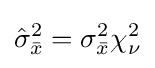
{\hat {\sigma }}_{\bar {x}}^{2}=\sigma _{\bar {x}}^{2}\chi _{\nu }^{2}